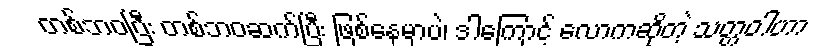
တစ်ဘဝပြီး တစ်ဘဝဆက်ပြီး ဖြစ်နေမှာပဲ၊ ဒါကြောင့် လောကဆိုတဲ့ သတ္တဝါဟာ